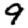
Digit: 9